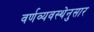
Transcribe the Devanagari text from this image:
वर्णव्यवस्थेनुसार